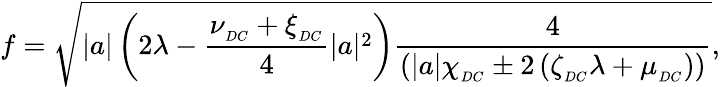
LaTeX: f=\sqrt{|a|\left(2\lambda-\frac{\nu_{_{DC}}+\xi_{_{DC}}}{4}|a|^{2}\right)\frac{4}{\left(|a|\chi_{_{DC}}\pm 2\left(\zeta_{_{DC}}\lambda+\mu_{_{DC}}\right)\right)}},